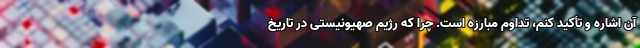
آن اشاره و تأکید کنم، تداوم مبارزه است. چرا که رژیم صهیونیستی در تاریخ